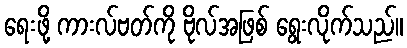
ရေးဖို့ ကားလ်ဗတ်ကို ဗိုလ်အဖြစ် ရွေးလိုက်သည်။